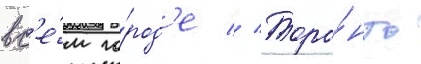
вс'е́м го́род'е // Торо́нто